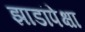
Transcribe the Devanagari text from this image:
झाडांपेक्षा